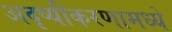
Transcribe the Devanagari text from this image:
अदृष्यीकरणामध्ये